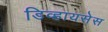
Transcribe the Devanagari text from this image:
डिव्हायसेस